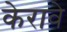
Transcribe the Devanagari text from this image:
केरावे